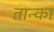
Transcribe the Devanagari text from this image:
तान्का